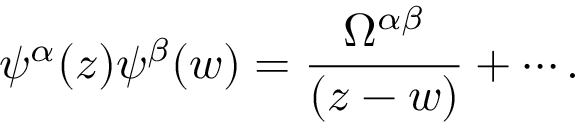
\psi ^ { \alpha } ( z ) \psi ^ { \beta } ( w ) = \frac { \Omega ^ { \alpha \beta } } { ( z - w ) } + \cdots .